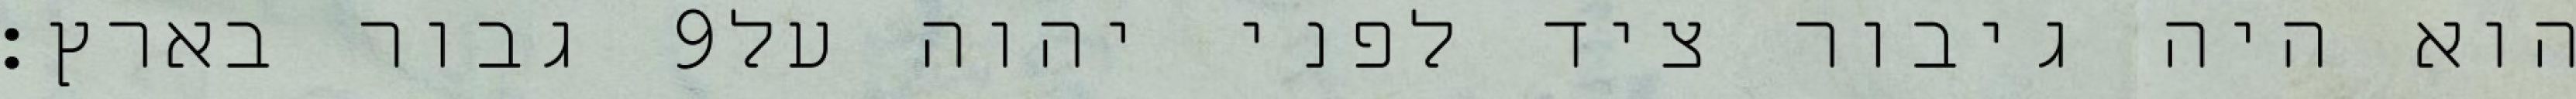
גבור בארץ׃ ‎9‏ הוא היה גיבור ציד לפני יהוה על